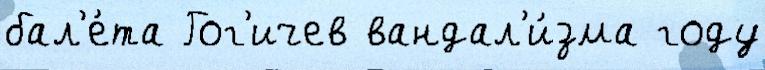
бал'е́та Гог'ичев вандал'и́зма году